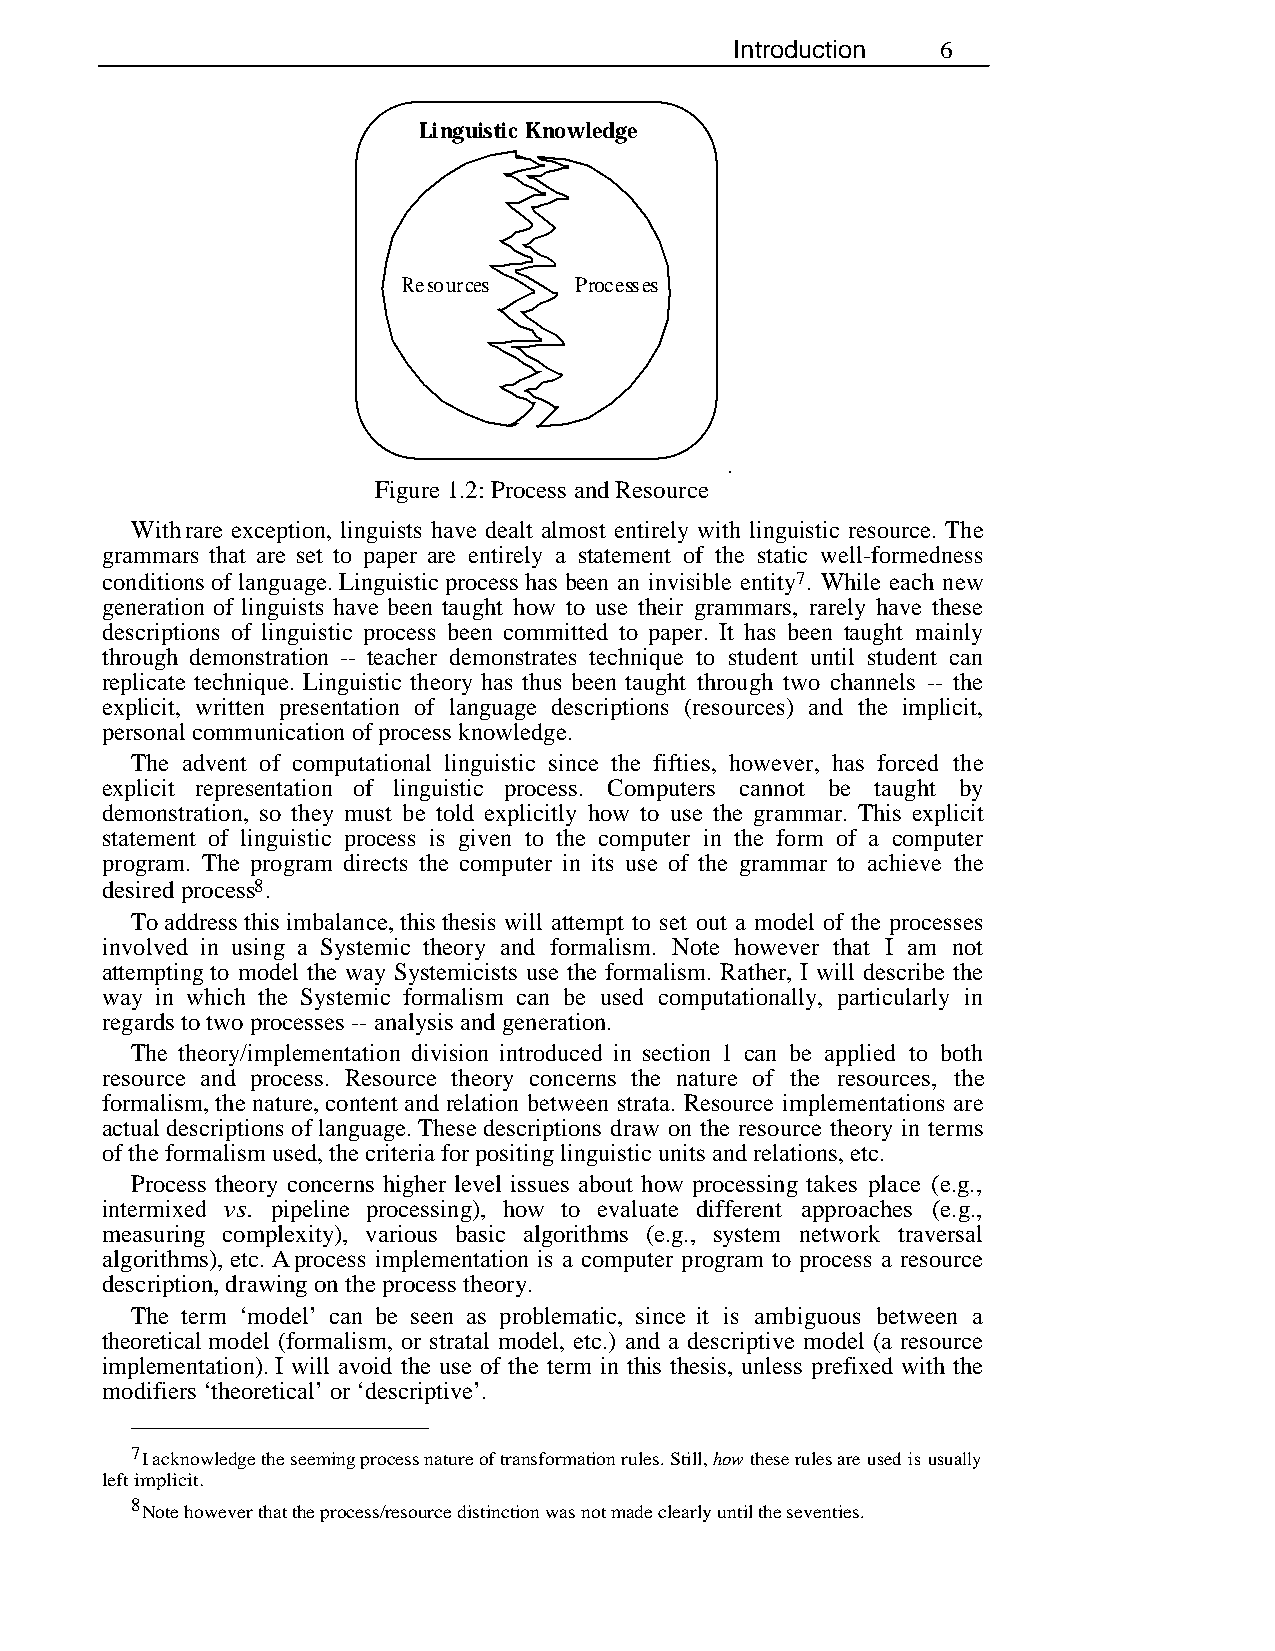
Introduction 6
 Linguistic Knowledge
 Resources  Processes
 Figure 1.2: Process and Resource
 With rare exception, linguists have dealt almost entirely with linguistic resource. The
 grammars that are set to paper are entirely a statement of the static well-formedness
 conditions of language. Linguistic process has been an invisible entity7. While each new
 generation of linguists have been taught how to use their grammars, rarely have these
 descriptions of linguistic process been committed to paper. It has been taught mainly
 through demonstration -- teacher demonstrates technique to student until student can
 replicate technique. Linguistic theory has thus been taught through two channels -- the
 explicit, written presentation of language descriptions (resources) and the implicit,
 personal communication of process knowledge.
 The advent of computational linguistic since the fifties, however, has forced the
 explicit representation of linguistic process. Computers cannot be taught by
 demonstration, so they must be told explicitly how to use the grammar. This explicit
 statement of linguistic process is given to the computer in the form of a computer
 program. The program directs the computer in its use of the grammar to achieve the
 desired process8.
 To address this imbalance, this thesis will attempt to set out a model of the processes
 involved in using a Systemic theory and formalism. Note however that I am not
 attempting to model the way Systemicists use the formalism. Rather, I will describe the
 way in which the Systemic formalism can be used computationally, particularly in
 regards to two processes -- analysis and generation.
 The theory/implementation division introduced in section 1 can be applied to both
 resource and process. Resource theory concerns the nature of the resources, the
 formalism, the nature, content and relation between strata. Resource implementations are
 actual descriptions of language. These descriptions draw on the resource theory in terms
 of the formalism used, the criteria for positing linguistic units and relations, etc.
 Process theory concerns higher level issues about how processing takes place (e.g.,
 intermixed vs. pipeline processing), how to evaluate different approaches (e.g.,
 measuring complexity), various basic algorithms (e.g., system network traversal
 algorithms), etc. A process implementation is a computer program to process a resource
 description, drawing on the process theory.
 The term ‘model’ can be seen as problematic, since it is ambiguous between a
 theoretical model (formalism, or stratal model, etc.) and a descriptive model (a resource
 implementation). I will avoid the use of the term in this thesis, unless prefixed with the
 modifiers ‘theoretical’ or ‘descriptive’.
 7I acknowledge the seeming process nature of transformation rules. Still, how these rules are used is usually
 left implicit.
 8Note however that the process/resource distinction was not made clearly until the seventies.